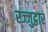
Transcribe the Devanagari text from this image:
रज्जुद्वार